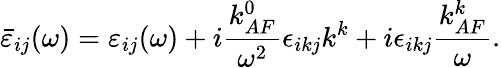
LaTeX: \bar{\varepsilon}_{ij}(\omega)={\varepsilon}_{ij}(\omega)+i\frac{k_{AF}^{0}}{\omega^{2}}\epsilon_{ikj}k^{k}+i\epsilon_{ikj}\frac{k_{AF}^{k}}{\omega}.